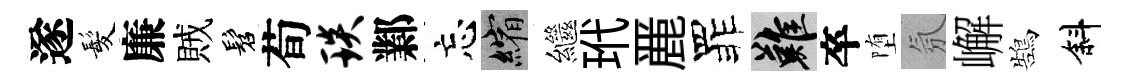
遂髪廉賊髫荀琰鄴忘縮繼玳䴡罪難卒堕氛嶰鵠斜